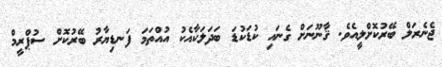
ޖެނެރަލް ބޭރުކޮށްލީއެވެ. ޤާނޫނަށް ގެނައި ކުޑަކުޑަ ބަދަލަކާއެކު އުއްތަމަ ފަނޑިޔާރު ބޭރުކޮށް ސުޕްރީމް